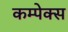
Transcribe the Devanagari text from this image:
कम्पेक्स